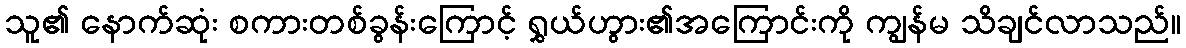
သူ၏ နောက်ဆုံး စကားတစ်ခွန်းကြောင့် ရွှယ်ဟွား၏အကြောင်းကို ကျွန်မ သိချင်လာသည်။